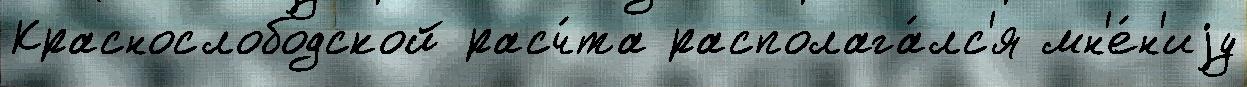
Краснослободской расч́та располага́лс'я мн'е́н'иjу